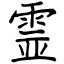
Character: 霊